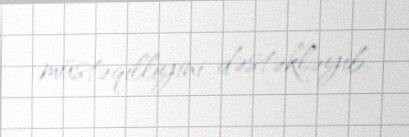
müstəqilliyini dəstəkləyib.